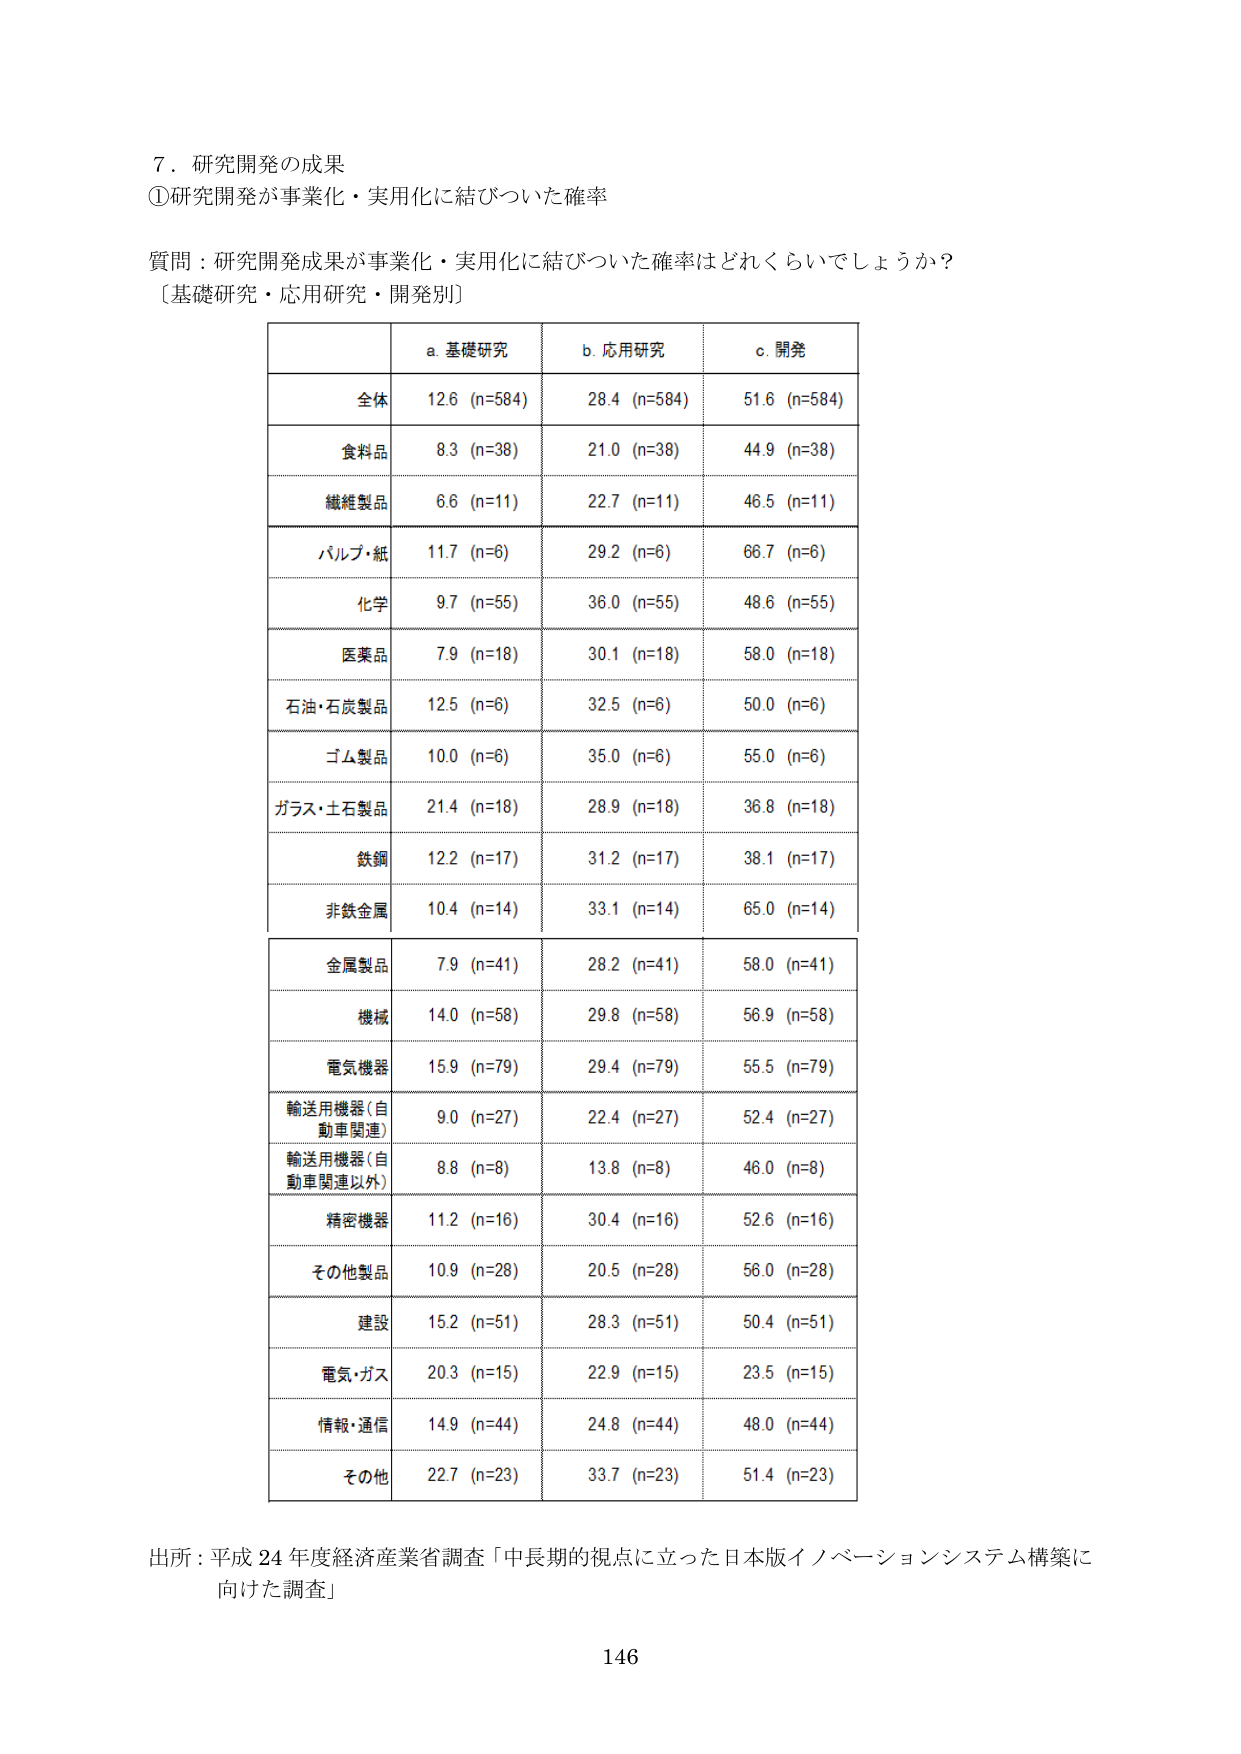
7. 研究開発の成果
①研究開発が事業化・実用化に結びついた確率

質問：研究開発成果が事業化・実用化に結びついた確率はどれくらいでしょうか？
〔基礎研究・応用研究・開発別〕

| | a. 基礎研究 | b. 応用研究 | c. 開発 |
|---|---|---|---|
| 全体 | 12.6 (n=584) | 28.4 (n=584) | 51.6 (n=584) |
| 食料品 | 8.3 (n=38) | 21.0 (n=38) | 44.9 (n=38) |
| 繊維製品 | 6.6 (n=11) | 22.7 (n=11) | 46.5 (n=11) |
| パルプ・紙 | 11.7 (n=6) | 29.2 (n=6) | 66.7 (n=6) |
| 化学 | 9.7 (n=55) | 36.0 (n=55) | 48.6 (n=55) |
| 医薬品 | 7.9 (n=18) | 30.1 (n=18) | 58.0 (n=18) |
| 石油・石炭製品 | 12.5 (n=6) | 32.5 (n=6) | 50.0 (n=6) |
| ゴム製品 | 10.0 (n=6) | 35.0 (n=6) | 55.0 (n=6) |
| ガラス・土石製品 | 21.4 (n=18) | 28.9 (n=18) | 36.8 (n=18) |
| 鉄鋼 | 12.2 (n=17) | 31.2 (n=17) | 38.1 (n=17) |
| 非鉄金属 | 10.4 (n=14) | 33.1 (n=14) | 65.0 (n=14) |
| 金属製品 | 7.9 (n=41) | 28.2 (n=41) | 58.0 (n=41) |
| 機械 | 14.0 (n=58) | 29.8 (n=58) | 56.9 (n=58) |
| 電気機器 | 15.9 (n=79) | 29.4 (n=79) | 55.5 (n=79) |
| 輸送用機器（自動車関連） | 9.0 (n=27) | 22.4 (n=27) | 52.4 (n=27) |
| 輸送用機器（自動車関連以外） | 8.8 (n=8) | 13.8 (n=8) | 46.0 (n=8) |
| 精密機器 | 11.2 (n=16) | 30.4 (n=16) | 52.6 (n=16) |
| その他製品 | 10.9 (n=28) | 20.5 (n=28) | 56.0 (n=28) |
| 建設 | 15.2 (n=51) | 28.3 (n=51) | 50.4 (n=51) |
| 電気・ガス | 20.3 (n=15) | 22.9 (n=15) | 23.5 (n=15) |
| 情報・通信 | 14.9 (n=44) | 24.8 (n=44) | 48.0 (n=44) |
| その他 | 22.7 (n=23) | 33.7 (n=23) | 51.4 (n=23) |

出所：平成24年度経済産業省調査「中長期的視点に立った日本版イノベーションシステム構築に向けた調査」

146